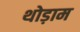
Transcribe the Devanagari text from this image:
थोड़ाम